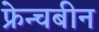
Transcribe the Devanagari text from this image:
फ्रेन्चबीन